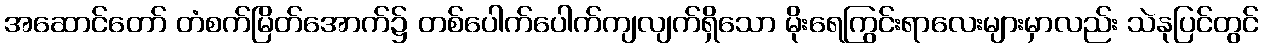
အဆောင်တော် တံစက်မြိတ်အောက်၌ တစ်ပေါက်ပေါက်ကျလျက်ရှိသော မိုးရေကြွင်းရာလေးများမှာလည်း သဲနုပြင်တွင်